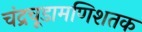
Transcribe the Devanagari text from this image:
चंद्रचूडामणिशतक